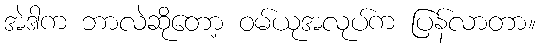
အဲဒါက ဘာလဲဆိုတော့ ဝမ်ယုအလုပ်က ပြန်လာတာ။